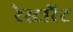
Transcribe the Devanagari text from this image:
रेस्टारेंट